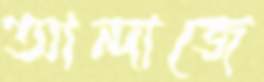
আন্দাজে